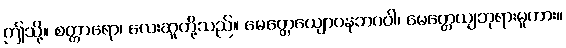
ဤသို့။ စတ္တာရော၊ လေးဆူတို့သည်။ မေတ္တေယျောပနဘဂဝါ၊ မေတ္တေယျဘုရားမူကား။